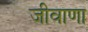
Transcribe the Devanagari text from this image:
जीवाणा